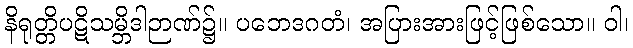
နိရုတ္တိပဋိသမ္ဘိဒါဉာဏ်၌။ ပဘေဒဂတံ၊ အပြားအားဖြင့်ဖြစ်သော။ ဝါ၊